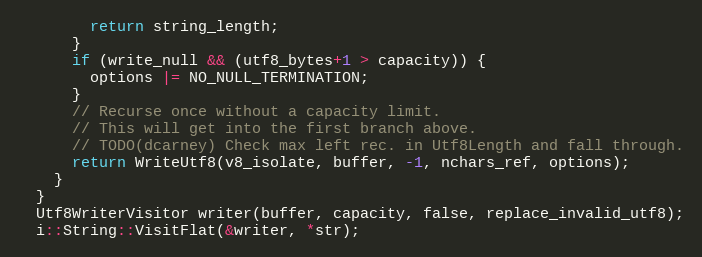
Language: C++
        return string_length;
      }
      if (write_null && (utf8_bytes+1 > capacity)) {
        options |= NO_NULL_TERMINATION;
      }
      // Recurse once without a capacity limit.
      // This will get into the first branch above.
      // TODO(dcarney) Check max left rec. in Utf8Length and fall through.
      return WriteUtf8(v8_isolate, buffer, -1, nchars_ref, options);
    }
  }
  Utf8WriterVisitor writer(buffer, capacity, false, replace_invalid_utf8);
  i::String::VisitFlat(&writer, *str);